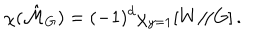
\chi ( \hat { \cal M } _ { G } ) = ( - 1 ) ^ { d } \chi _ { y = 1 } [ W / \! / G ] \, .